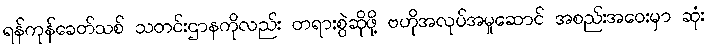
ရန်ကုန်ခေတ်သစ် သတင်းဌာနကိုလည်း တရားစွဲဆိုဖို့ ဗဟိုအလုပ်အမှုဆောင် အစည်းအဝေးမှာ ဆုံး